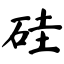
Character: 硅